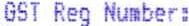
GST REG NUMBER: